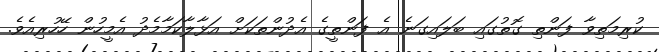
ކުރިމަތިވާ ފަންތި ގޮތުގައި ބަލައިގަނެ އެ ފަންތީގެ އެދުންތަކަށް އަޅާލާކަމާމެދު އެމީހުން ހޭހުރިއެވެ.